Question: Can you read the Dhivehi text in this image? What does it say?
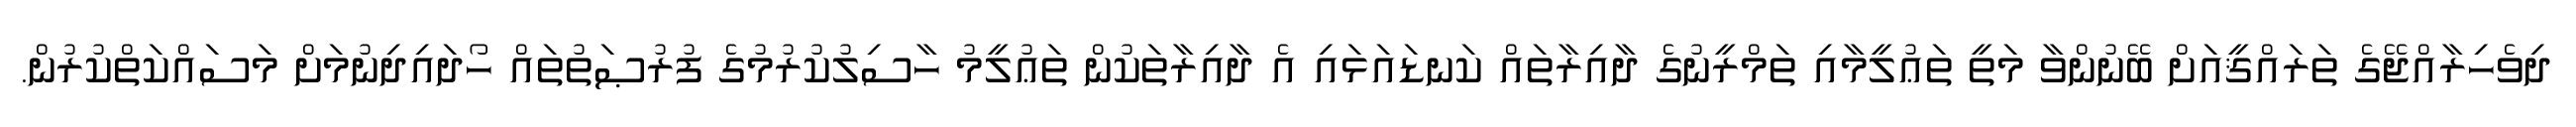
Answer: ދިވެހިރާއްޖޭގެ ތަރައްޤީއަށް ބޭނުންވާ މަތީ ތަޢުލީމާއި ތަމްރީނުގެ ދާއިރާތައް ކަނޑައަޅައި އެ ދާއިރާތަކުން ތަޢުލީމު ހާސިލުކުރުމުގެ ފުރުޞަތުތައް ހޯދައިދިނުމަށް މަސައްކަތްކުރުން.